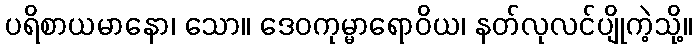
ပရိစာယမာနော၊ သော။ ဒေဝကုမ္မာရောဝိယ၊ နတ်လုလင်ပျိုကဲ့သို့။